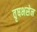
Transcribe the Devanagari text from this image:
वृषभसेन